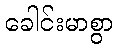
ခေါင်းမာစွာ